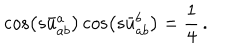
\cos \left( s \bar { u } _ { a b } ^ { a } \right) \cos \left( s \bar { u } _ { a b } ^ { b } \right) = \frac { 1 } { 4 } \, .